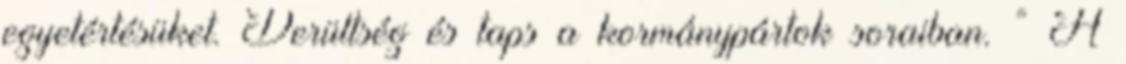
egyetértésüket. Derültség és taps a kormánypártok soraiban. ” A